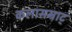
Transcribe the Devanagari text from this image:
कलासम्राट्